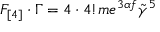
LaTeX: F _ { [ 4 ] } \cdot \Gamma = 4 \cdot 4 ! m e ^ { 3 \alpha f } \tilde { \gamma } ^ { 5 }